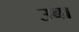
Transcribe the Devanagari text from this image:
उबा